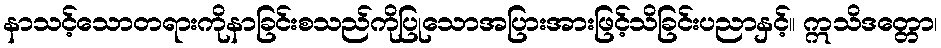
နာသင့်သောတရားကိုနာခြင်းစသည်ကိုပြုသောအပြားအားဖြင့်သိခြင်းပညာနှင့်။ ဣသိဒတ္တော၊